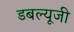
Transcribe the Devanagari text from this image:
डबल्यूजी